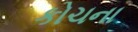
કોચના